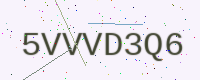
Text: 5VVVD3Q6